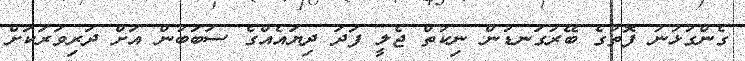
ގެންގުޅުނު ފޮތުގެ ބޭރުގަނޑުން ނިކުތް ޖެލީ ފަދަ ދިޔައެއްގެ ސަބަބުން އަށް ދަަރިވަރަކަށް